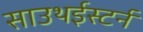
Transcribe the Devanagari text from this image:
साउथईस्टर्न